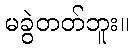
မခွဲတတ်ဘူး။